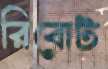
রিবোট